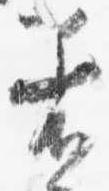
着